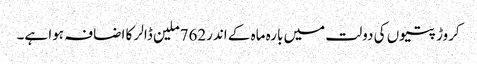
کروڑ پتیوں کی دولت میں بارہ ماہ کے اندر762ملین ڈالر کا اضافہ ہوا ہے۔